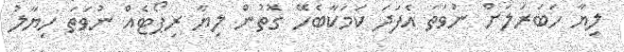
ލިޔާ ހަބަރަލަށް ނުވަތަ އެފަދަ ކަމަކާބެހޭ ގޮތުން ލިޔާ ރިޕޯޓެއް ނުވަތަ ހިޔާލު